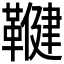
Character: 𮧨